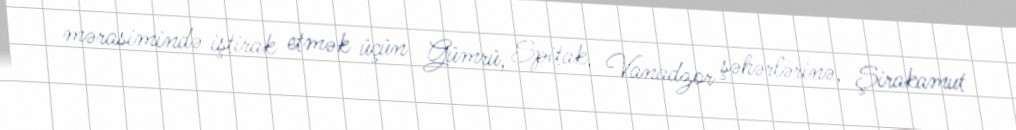
mərasimində iştirak etmək üçün Gümrü, Spitak, Vanadzor şəhərlərinə, Şirakamut